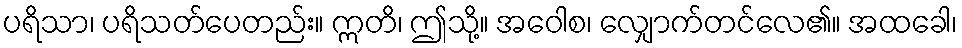
ပရိသာ၊ ပရိသတ်ပေတည်း။ ဣတိ၊ ဤသို့။ အဝေါစ၊ လျှောက်တင်လေ၏။ အထခေါ၊